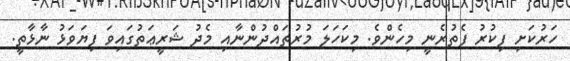
ހަރުކަށި ފިކުރު ފެތުރެނީ މިހެންވެ. މިކަހަލަ މުރުތައްދުންނާއި މެދު ޝަރީޢަތުގައިވަ ފިޔަވަޅު ނާޅާތީ.